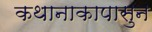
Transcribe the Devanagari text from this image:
कथानाकापासुन